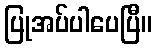
ပြုအပ်ပါပေပြီ။